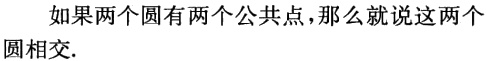
如果两个圆有两个公共点，那么就说这两个圆相交.